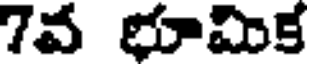
7వ భూమిక